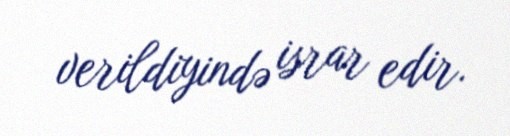
verildiyində israr edir.